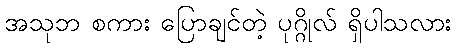
အသုဘ စကား ပြောချင်တဲ့ ပုဂ္ဂိုလ် ရှိပါသလား